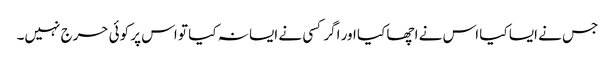
جس نے ایسا کیا اس نے اچھا کیا اور اگر کسی نے ایسا نہ کیا تو اس پر کوئی حرج نہیں۔